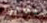
يعبروا